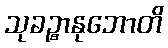
သုခဉ္စာနုဘောတိ